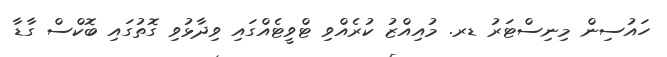
ހައުސިން މިނިސްޓަރު ޑރ. މުއިއްޒު ކުރެއްވި ޓްވީޓެއްގައި ވިދާޅުވި ގޮތުގައި ބޮކްސް ގާޑާ